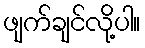
ဖျက်ချင်လို့ပါ။